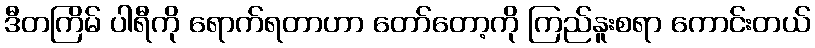
ဒီတကြိမ် ပါရီကို ရောက်ရတာဟာ တော်တော့ကို ကြည်နူးစရာ ကောင်းတယ်